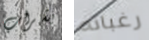
بشراب رغباته